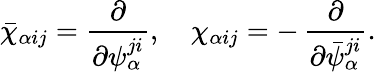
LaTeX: \bar{\chi}_{\alpha ij}=\frac{\partial}{\partial\psi_{\alpha}^{ji}},~~~~\chi_{\alpha ij}=-\, \frac{\partial}{\partial\bar{\psi}_{\alpha}^{ji}}.